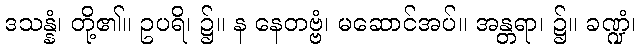
ဒသန္နံ၊ တို့၏။ ဥပရိ၊ ၌။ န နေတဗ္ဗံ၊ မဆောင်အပ်။ အန္တရာ၊ ၌။ ခဏ္ဍံ၊